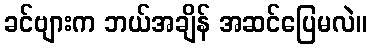
ခင်ဗျားက ဘယ်အချိန် အဆင်ပြေမလဲ။